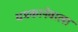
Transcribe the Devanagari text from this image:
धमकानेवाला